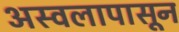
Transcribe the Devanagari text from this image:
अस्वलापासून